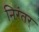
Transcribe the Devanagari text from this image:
निरंतर्